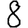
Digit: 8